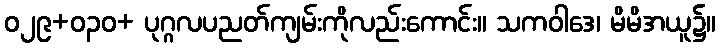
ဝ၂၉+ဝ၃၀+ ပုဂ္ဂလပညတ်ကျမ်းကိုလည်းကောင်း။ သကဝါဒေ၊ မိမိအယူ၌။